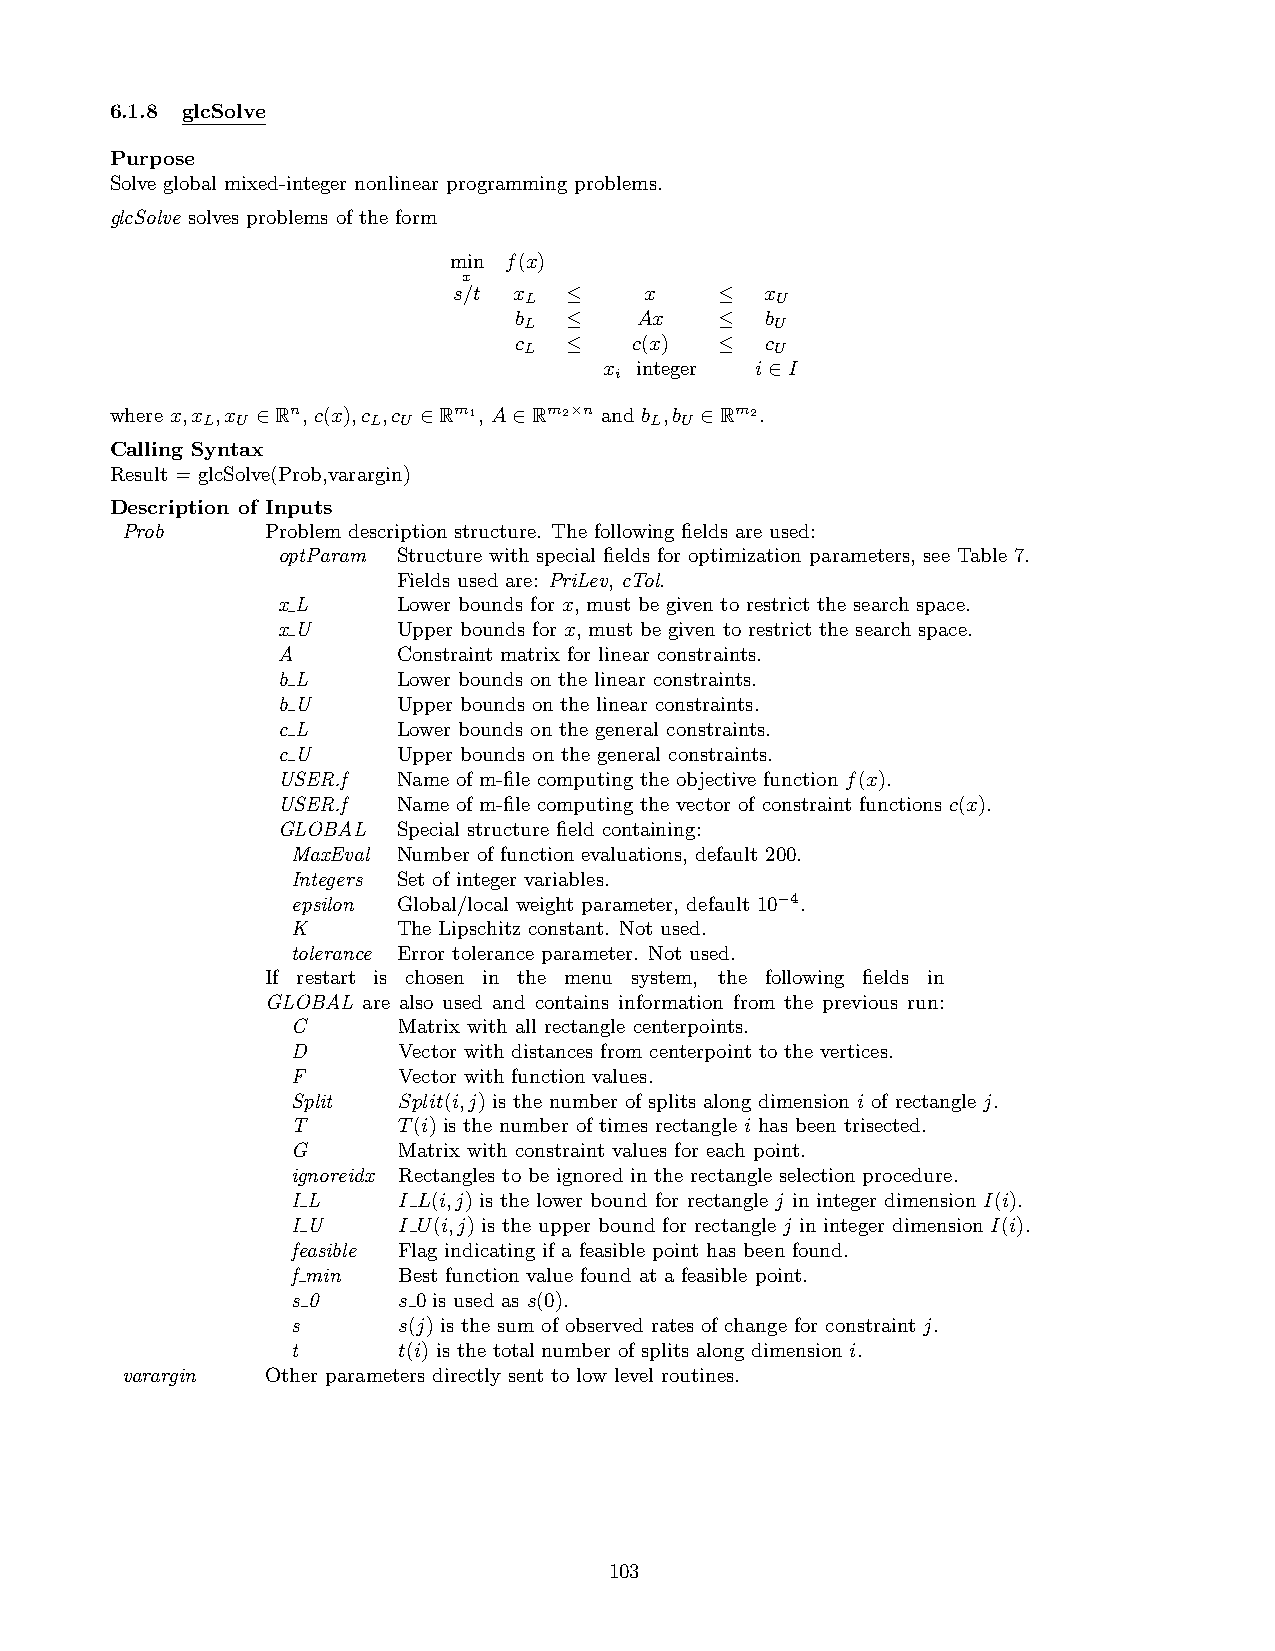
6.1.8 glcSolve
 Purpose
 Solve global mixed-integer nonlinear programming problems.
 glcSolve solves problems of the form
 min f(x)
 x
 s/t x  ≤     x    ≤  x
 L               U
 b  ≤    Ax    ≤  b
 L               U
 c  ≤    c(x)  ≤  c
 L               U
 x integer i∈I
 i
 where x,x ,x ∈Rn, c(x),c ,c ∈Rm1, A∈Rm2×n and b ,b ∈Rm2.
 L  U       L U                L U
 Calling Syntax
 Result = glcSolve(Prob,varargin)
 Description of Inputs
 Prob      Problem description structure. The following fields are used:
 optParam Structure with special fields for optimization parameters, see Table 7.
 Fields used are: PriLev, cTol.
 x L     Lower bounds for x, must be given to restrict the search space.
 x U     Upper bounds for x, must be given to restrict the search space.
 A       Constraint matrix for linear constraints.
 b L     Lower bounds on the linear constraints.
 b U     Upper bounds on the linear constraints.
 c L     Lower bounds on the general constraints.
 c U     Upper bounds on the general constraints.
 USER.f  Name of m-file computing the objective function f(x).
 USER.f  Name of m-file computing the vector of constraint functions c(x).
 GLOBAL  Special structure field containing:
 MaxEval Number of function evaluations, default 200.
 Integers Set of integer variables.
 epsilon Global/local weight parameter, default 10−4.
 K      The Lipschitz constant. Not used.
 tolerance Error tolerance parameter. Not used.
 If restart is chosen in the menu system, the following fields in
 GLOBAL are also used and contains information from the previous run:
 C      Matrix with all rectangle centerpoints.
 D      Vector with distances from centerpoint to the vertices.
 F      Vector with function values.
 Split  Split(i,j) is the number of splits along dimension i of rectangle j.
 T      T(i) is the number of times rectangle i has been trisected.
 G      Matrix with constraint values for each point.
 ignoreidx Rectangles to be ignored in the rectangle selection procedure.
 I L    I L(i,j) is the lower bound for rectangle j in integer dimension I(i).
 I U    I U(i,j) is the upper bound for rectangle j in integer dimension I(i).
 feasible Flag indicating if a feasible point has been found.
 f min  Best function value found at a feasible point.
 s 0    s 0 is used as s(0).
 s      s(j) is the sum of observed rates of change for constraint j.
 t      t(i) is the total number of splits along dimension i.
 varargin  Other parameters directly sent to low level routines.
 103